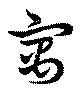
寓